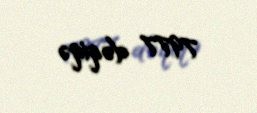
7977 dəqiqə